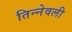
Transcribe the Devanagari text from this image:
तिन्नेवली